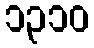
၁၃၁၀